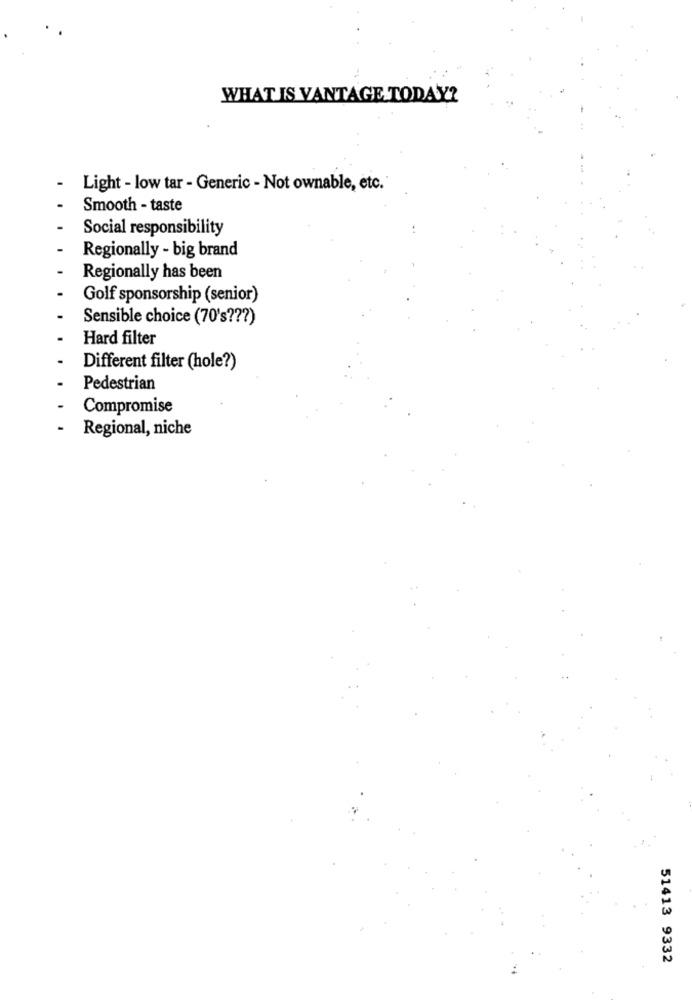
WHAT IS VANTAGE TODAY?
Light - low tar - Generic - Not ownable, etc.
Smooth - taste
Social responsibility
Regionally - big brand
Regionally has been
Golf sponsorship (senior)
Sensible choice (70's ??? )
Hard filter
Different filter (hole?)
Pedestrian
Compromise
-
Regional, niche
51413 9332